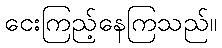
ငေးကြည့်နေကြသည်။